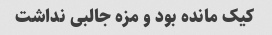
کیک مانده بود و مزه جالبی نداشت